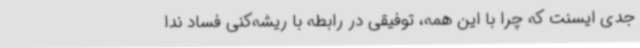
جدی ایسنت که چرا با این همه، توفیقی در رابطه با ریشه‌کنی فساد ندا